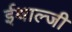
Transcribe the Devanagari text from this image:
ईथाल्जी